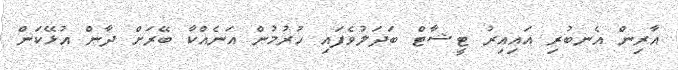
އާރިން އެނބުރި އައިއިރު ޓީޝާޓް ބަދަލުވެފައި ހުރުމުން އަނެއްކާ ބޭރަށް ދާން އުޅޭކަން